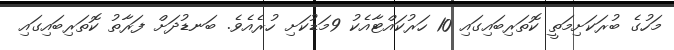
މަހުގެ ބުރަކަށިމަތީ ކޮތަރިބައިގައި 10 ހަރުކައްޓާއެކު 9މަޑުކަށި ހުރެއެވެ. ބަނޑުދަށް ފަރާތު ކޮތަރިބައިގައި